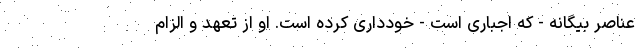
عناصر بیگانه - که اجباری است - خودداری کرده است. او از تعهد و الزام